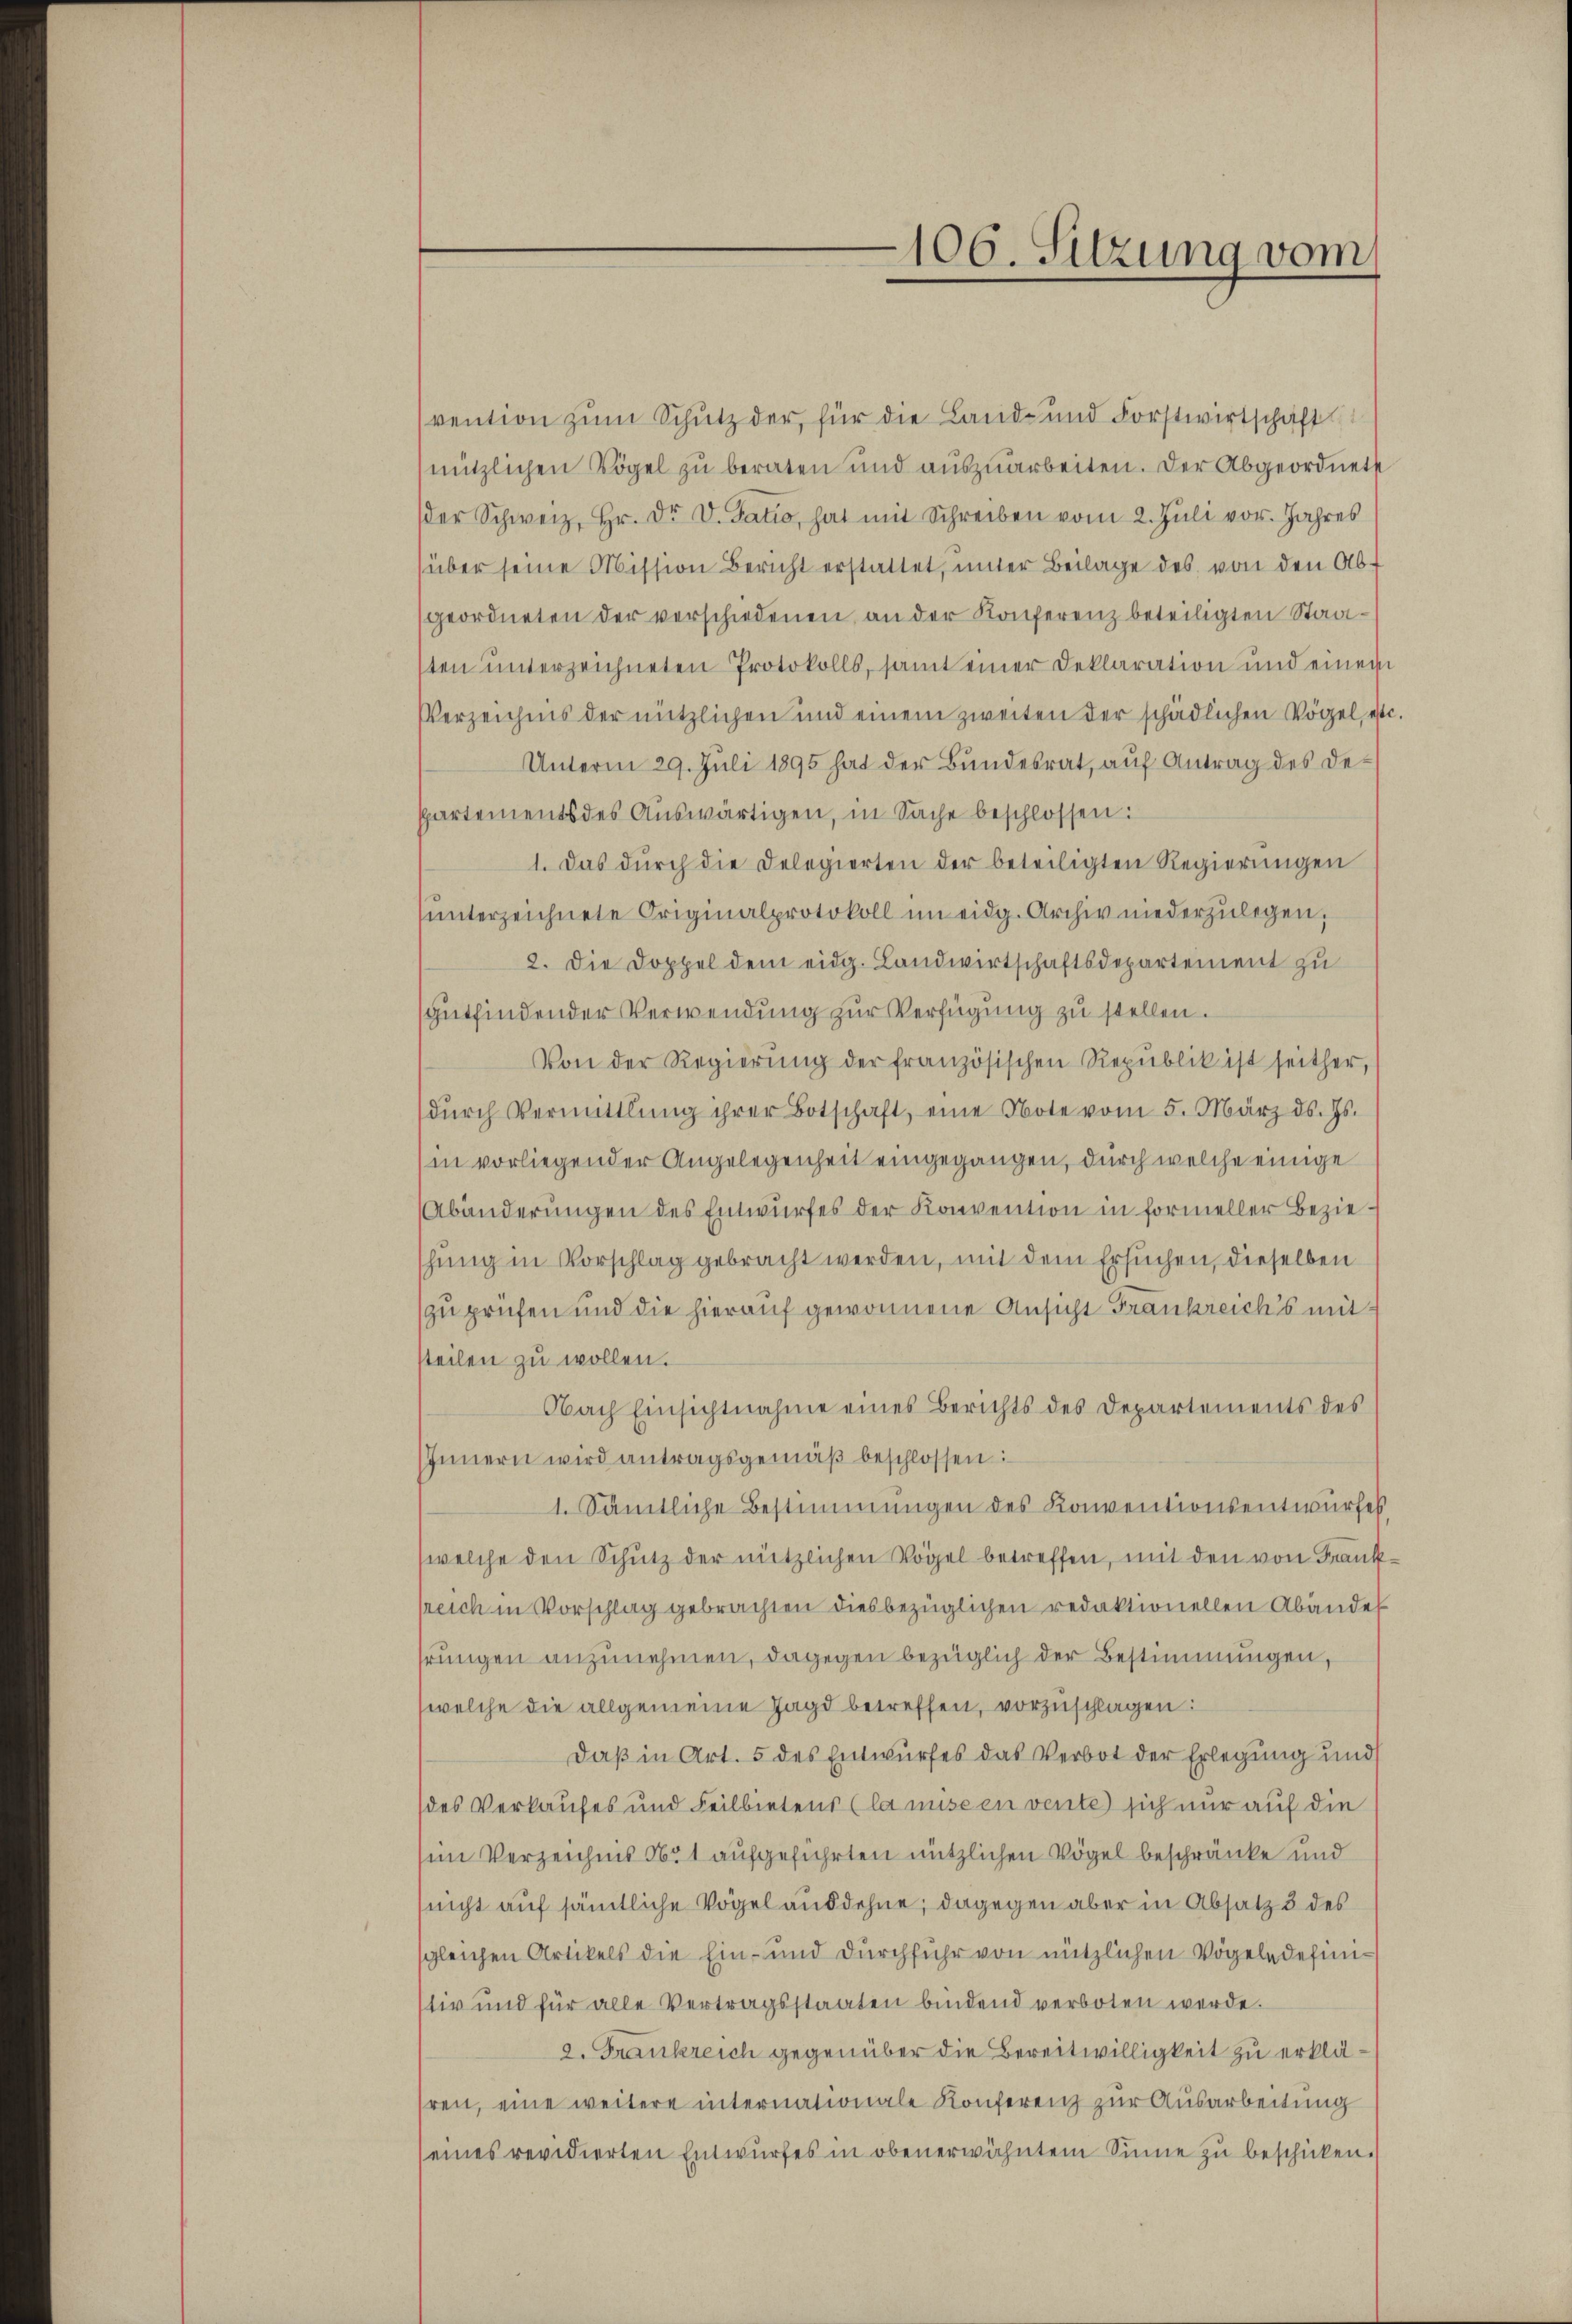
vention zum Schutz der, für die Land- und Forstwirtschaft
nützlichen Vögel zu beraten und auszuarbeiten. Der Abgeordnete
der Schweiz. Hr. Dr. V. datio, hat mit Schreiben vom 2. Juli vor. Jahres
(über seine Mission Bericht erstattet, unter Beilage des von den Ab-
geordneten der verschiedenen, an der Konferenz beteiligten Staasten unterzeichneten Protokolls, samt einer Deklaration und einer
Verzeichnis der nützlichen und einem zweiten der schädlichen Vögel, est
Unterm 29. Juli 1895 hat der Bundesrat, auf Antrag des Departements des Auswärtigen, in Sache beschlossen:
1. Das dŭrch die Delegierten der beteiligten Regierŭngen
ŭnterzeichnete Originalprotokoll im eidg. Archiv niederzŭlegen;
2. Die Doppel dem eidg. Landwirtschaftsdepartement zu
sgutfindender Verwendung zur Verfügung zu stellen.
Von der Regierŭng der französischen Republik ist seither,
dŭrch Vermittlung ihrer Botschaft, eine Note vom 5. März d. Js.
in vorliegender Angelegenheit eingegangen, durch welche einige
Abänderungen des Entwurfes der Konvention in formeller Bezieschung in Vorschlag gebracht werden, mit dem Ersuchen, dieselben
zu prüfen und die hierauf gewonnene Ansicht Frankreich’s mit
steilen zu wollen.
Obach Einsichtnahme eines Berichts des Departements des
Innern wird antragsgemäβ beschlossen:
1. Sämtliche Bestimmungen des Konventionsentwurfes
welche den Schutz der nützlichen Vögel betreffen, mit den von Frank
sreich in Vorschlag gebrachten diesbezüglichen redaktionellen Abänder
hrungen anzunehmen, dagegen bezüglich der Bestimmungen,
welche die allgemeine Jagd betreffen, vorzuschlagen:
Daß in Art. 5 des Entwurfes das Verbot der Erlegung und
(des Verkaufes und Feilbietens (la missen vente sich nur auf die
sin Verzeichnis No 1 aufgeführten nützlichen Vögel beschränke und
(nicht auf sämtliche Vogel ausdehne; dagegen aber in Absatz 3 des
sgleichen Artikels die Ein- und durchführ von nützlichen Vögelndefinitiv und für alle Vertragsstaaten bindend verboten werde.
2. Frankreich gegenüber die Bereitwilligkeit zu erklähren, eine weitere internationale Konferenz zur Ausarbeitung
seines revidierten Entwurfes in obenerwähntem Sinne zu beschicken.

106. Sitzung vom

c.